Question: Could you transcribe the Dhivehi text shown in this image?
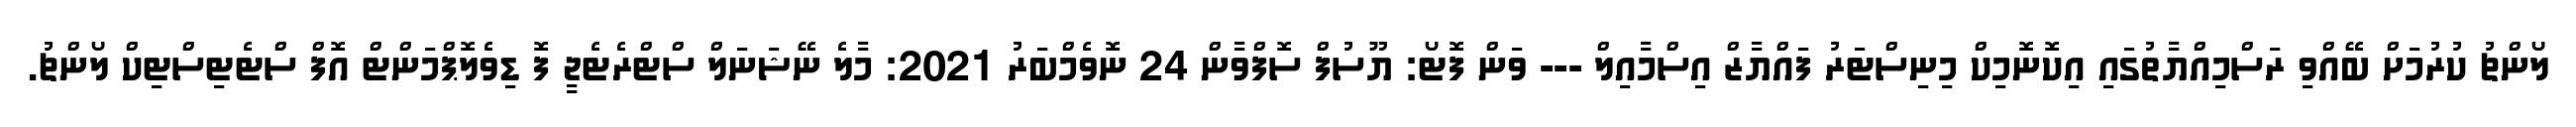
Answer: ލޯންޗު ކުރުމަށް ބޭއްވި ރަސްމިއްޔާތުގައި އިކޮނޮމިކް މިނިސްޓަރު ފައްޔާޒް އިސްމާއިލް --- ވަން ފޮޓޯ: ޔޫސުފް ސޮފްވާން 24 ނޮވެމްބަރު 2021: މާލެ ނޭޝަނަލް ސްޓްރެޓެޖީ ފޮ ޑިވެލޮޕްމަންޓް އޮފް ސްޓެޓިސްޓިކް ލޯންޗު.